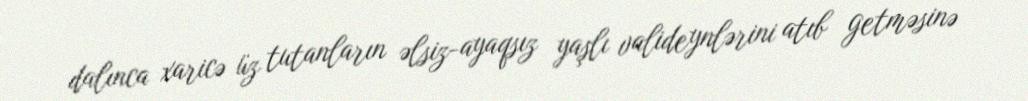
dalınca xaricə üz tutanların əlsiz-ayaqsız yaşlı valideynlərini atıb getməsinə